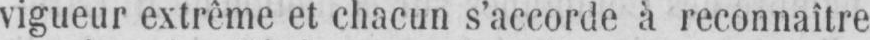
vigueur extrême et chacun s’accorde à reconnaître